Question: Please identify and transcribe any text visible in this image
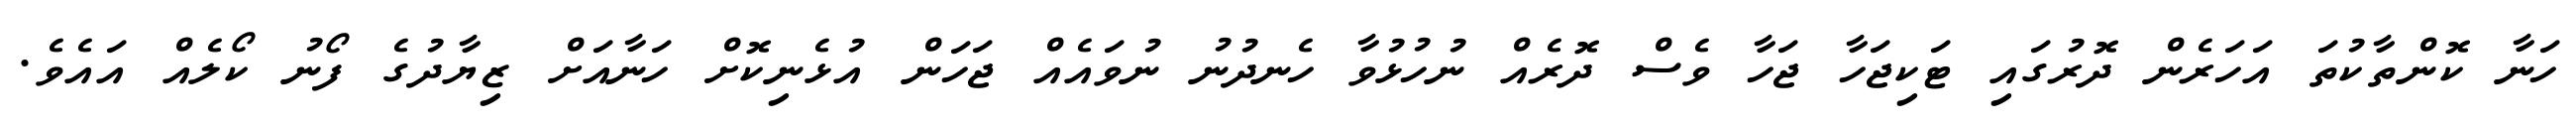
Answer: ހަނާ ކޮންތާކުތަ އަހަރެން ދޮރުގައި ޓަކިޖަހާ ޖަހާ ވެސް ދޮރެއް ނުހުޅުވާ ހެނދުނު ނުވައެއް ޖަހަން އުޅެނިކޮށް ހަނާއަށް ޒިޔާދުގެ ފޯނު ކޯލެއް އައެވެ.